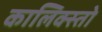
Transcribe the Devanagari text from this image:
कालिक्स्तो